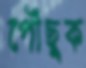
পৌঁছুক